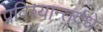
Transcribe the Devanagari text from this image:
प्रविश्यान्तर्दधे